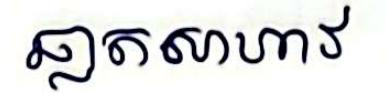
ឆ្នាតសាហាវ